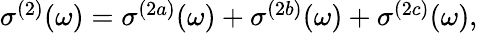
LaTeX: \begin{array}{r}{\sigma^{(2)}(\omega)=\sigma^{(2a)}(\omega)+\sigma^{(2b)}(\omega)+\sigma^{(2c)}(\omega),}\end{array}